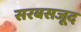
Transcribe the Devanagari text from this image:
सरबसजूद